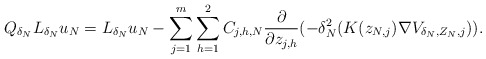
\begin{align*}Q_{\delta_N} L_{\delta_N} u_N= L_{\delta_N} u_N-\sum_{j=1}^m\sum_{h=1}^2C_{j,h,N}\frac{\partial}{\partial z_{j,h}}(-\delta_N^2(K(z_{N,j})\nabla V_{\delta_N, Z_N,j})).\end{align*}